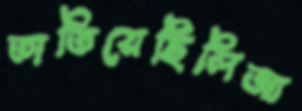
তাতিয়েছিলিআ